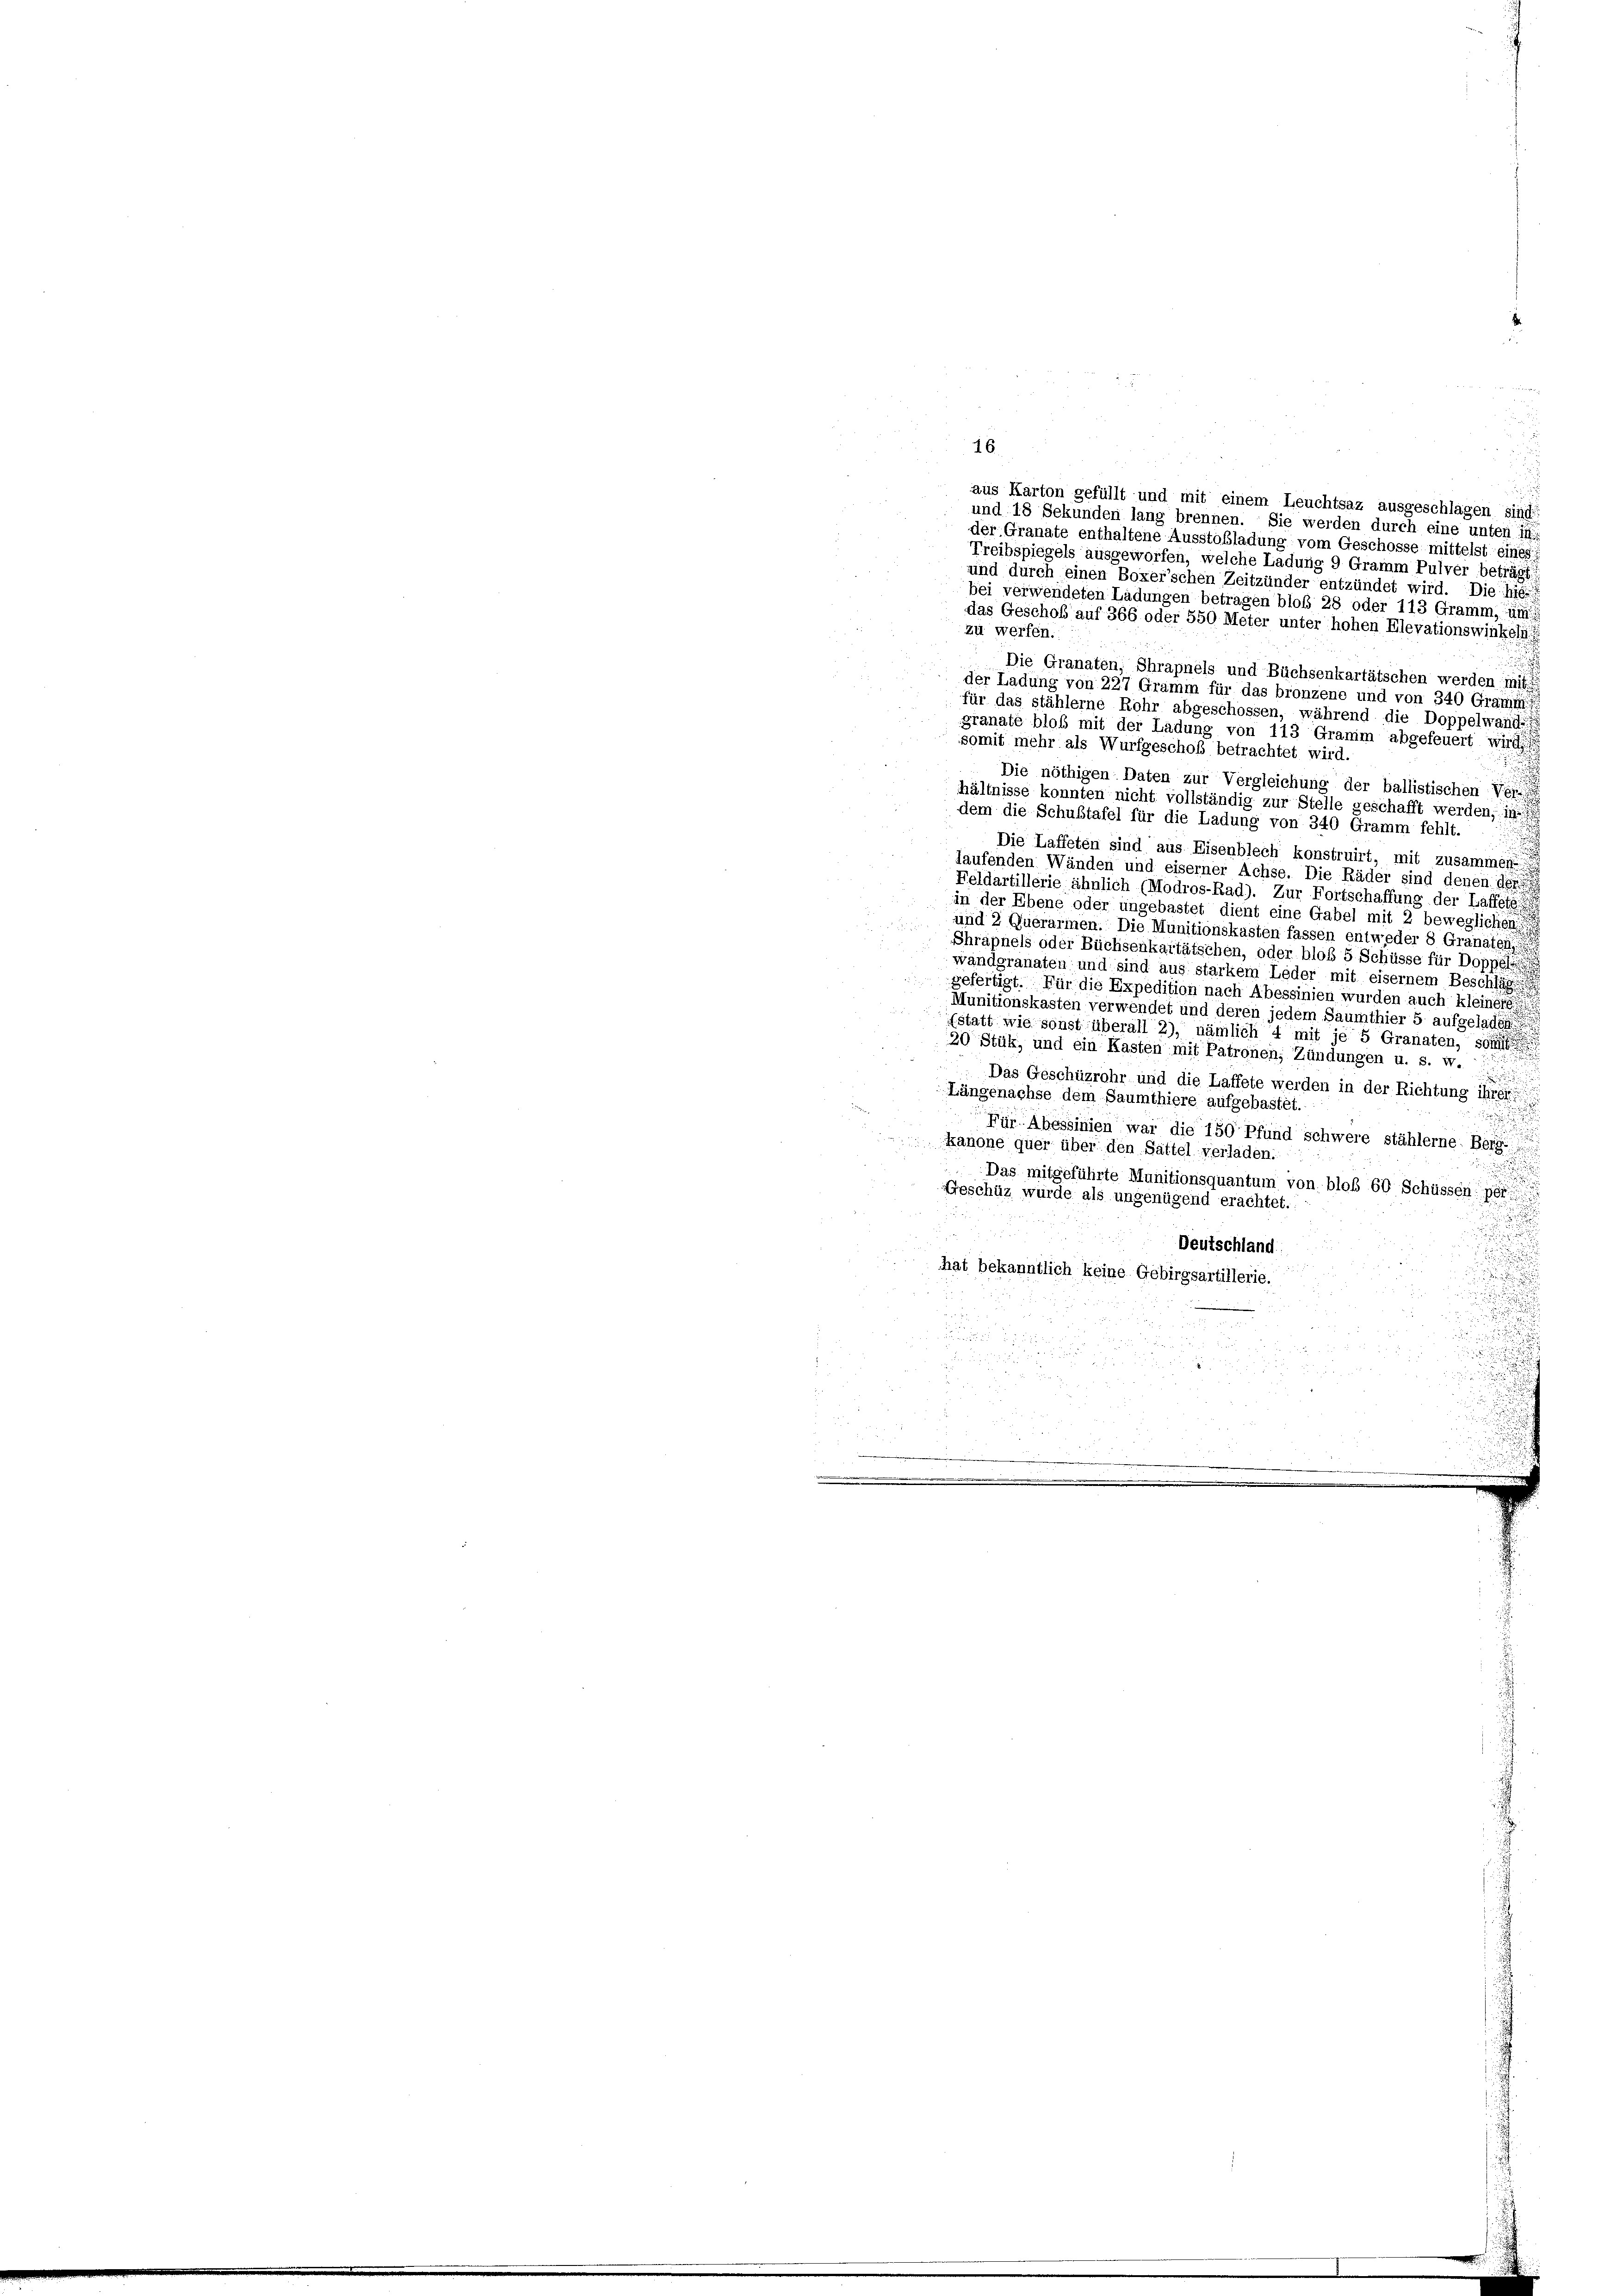
16
aus Karton gefüllt und mit einem Leuchtsaz ausgeschlagen sind
und 18 Sekunden lang brennen. Sie werden durch eine unten I
der Granate enthaltene Ausstobladung vom Geschosse mittelst eines
Treibspiegels ausgeworfen, welche Ladung 9 Gramm Pulver beträgt
und durch einen Boxer’schen Zeitzünder entzündet wird. Die hies
bei verwendeten Ladungen betragen bloß 28 oder 113 Gramm, um
das Geschoß auf 366 oder 550 Meter unter hohen Elevationswinkel
zu werfen.

Die Granaten; Chrapnels und Büchsenkartätschen werden mit
der Ladung von 227 Gramm für das bronzene und von 340 Gramm
für das stählerne Rohr abgeschossen, während die Doppelwande
granate bloß mit der Ladung von 113 Gramm abgefeuert wird
somit mehr als Wurfgeschofs betrachtet wird.
s
Die nöthigen Daten zur Vergleichung der ballistischen Ver-
hältnisse konnten nicht vollständig zur Stelle geschafft werden, in
dem die Schubtafel für die Ladung von 340 Gramm fehlt.
d
Die Laffeten sind aus Eisenblech konstruirt, mit zusammen
daufenden Wänden und eiserner Achse. Die Räder sind denen der
Feldartillerie ähnlich (Modros-Rad). Zur Fortschaffung der Laffets
in der Ebene oder ungebastet dient eine Gabel mit 2 beweglichen
und 2 Querarmen. Die Munitionskasten fassen entweder 8 Granaten,
Chräpnels oder Büchsenkartätschen, oder bloß 5 Schüsse für Doppeli
wandgranaten und sind aus starkem Leder mit eisernem Beschläge
gefertigt. Für die Expedition nach Abessinien wurden auch kleiner
Munitionskasten verwendet und deren jedem Saumthier 5 aufgeladen
fstatt wie sonst überall 2), nämlich d mit je 5 Granaten, so
20 Stük, und ein Kasten mit Patronen, Zündungen u. s. w.

Das Geschüzrohr und die Laffete werden in der Richtung ihres
Längenachse dem Saumthiere aufgebastet.

Für Abossinien war die 150 Pfund schwere stählerne: Berg
n
kanone quer über den Sattel verladen.
n
Das mitgeführte Munitionsquantum von bloß 60 Schüssen: per
Geschüz wurde als ungenügend erachtet.
.
Deutschland.
hat bekanntlich keine Gebirgsartillerie.

aud

25

85
2 x 2
.
d
d